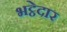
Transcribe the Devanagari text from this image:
भट्ठेदार